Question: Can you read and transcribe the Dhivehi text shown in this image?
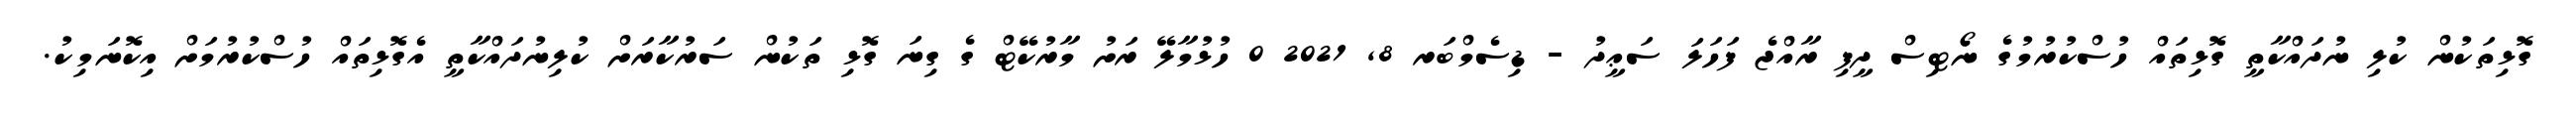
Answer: ގޮޅިތަކުން ކުލި ނުދައްކާތީ ގޮޅިތައް ހުސްކުރުމުގެ ނޯޓިސް ދީފި ރާއްޖެ ފަހަލަ ސަޢީދު - ޑިސެމްބަރ 8, 2021 0 ހުޅުމާލޭ ރަށު މާރުކޭޓް ގެ ގިނަ ގޮޅި ތަކުން ސަރުކާރަށް ކުލިނުދައްކާތީ އެގޮޅިތައް ހުސްކުރުމަށް އިކޮނަމިކު.